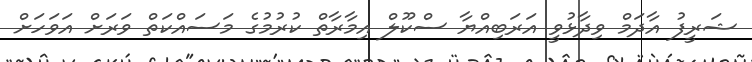
ޝަރީފު އާދަމް ވިދާޅުވީ އަރަބިއްޔާ ސްކޫލް އިމާރާތް ކުރުމުގެ މަސައްކަތް ވަރަށް އަވަހަށް